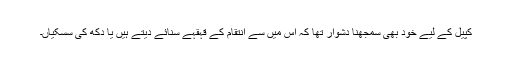
کپیل کے لیے خود بھی سمجھنا دشوار تھا کہ اس میں سے انتقام کے قہقہے سنائے دیتے ہیں یا دکھ کی سسکیاں۔